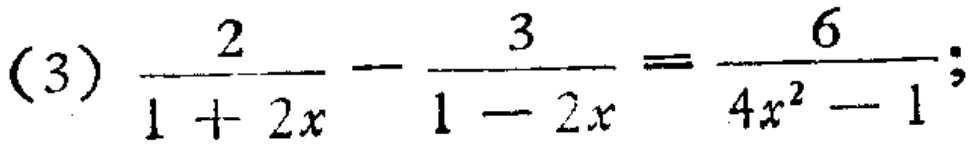
(3) $\frac{2}{1 + 2x} - \frac{3}{1 - 2x} = \frac{6}{4x^{2} - 1}$;